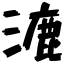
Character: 漉